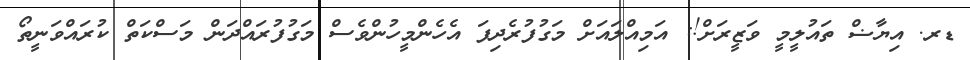
ޑރ. އިޔާޟް ތައުލީމީ ވަޒީރަށް!: އަމިއްލައަށް މަގުފުރެދިފަ އެހެންމީހުންވެސް މަގުފުރައްދަން މަސްކަތް ކުރައްވަނީތޯ